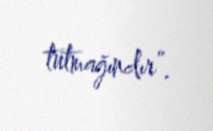
tutmağındır”.